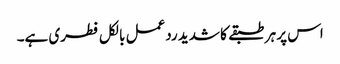
اس پر ہر طبقے کا شدید ردعمل بالکل فطری ہے۔